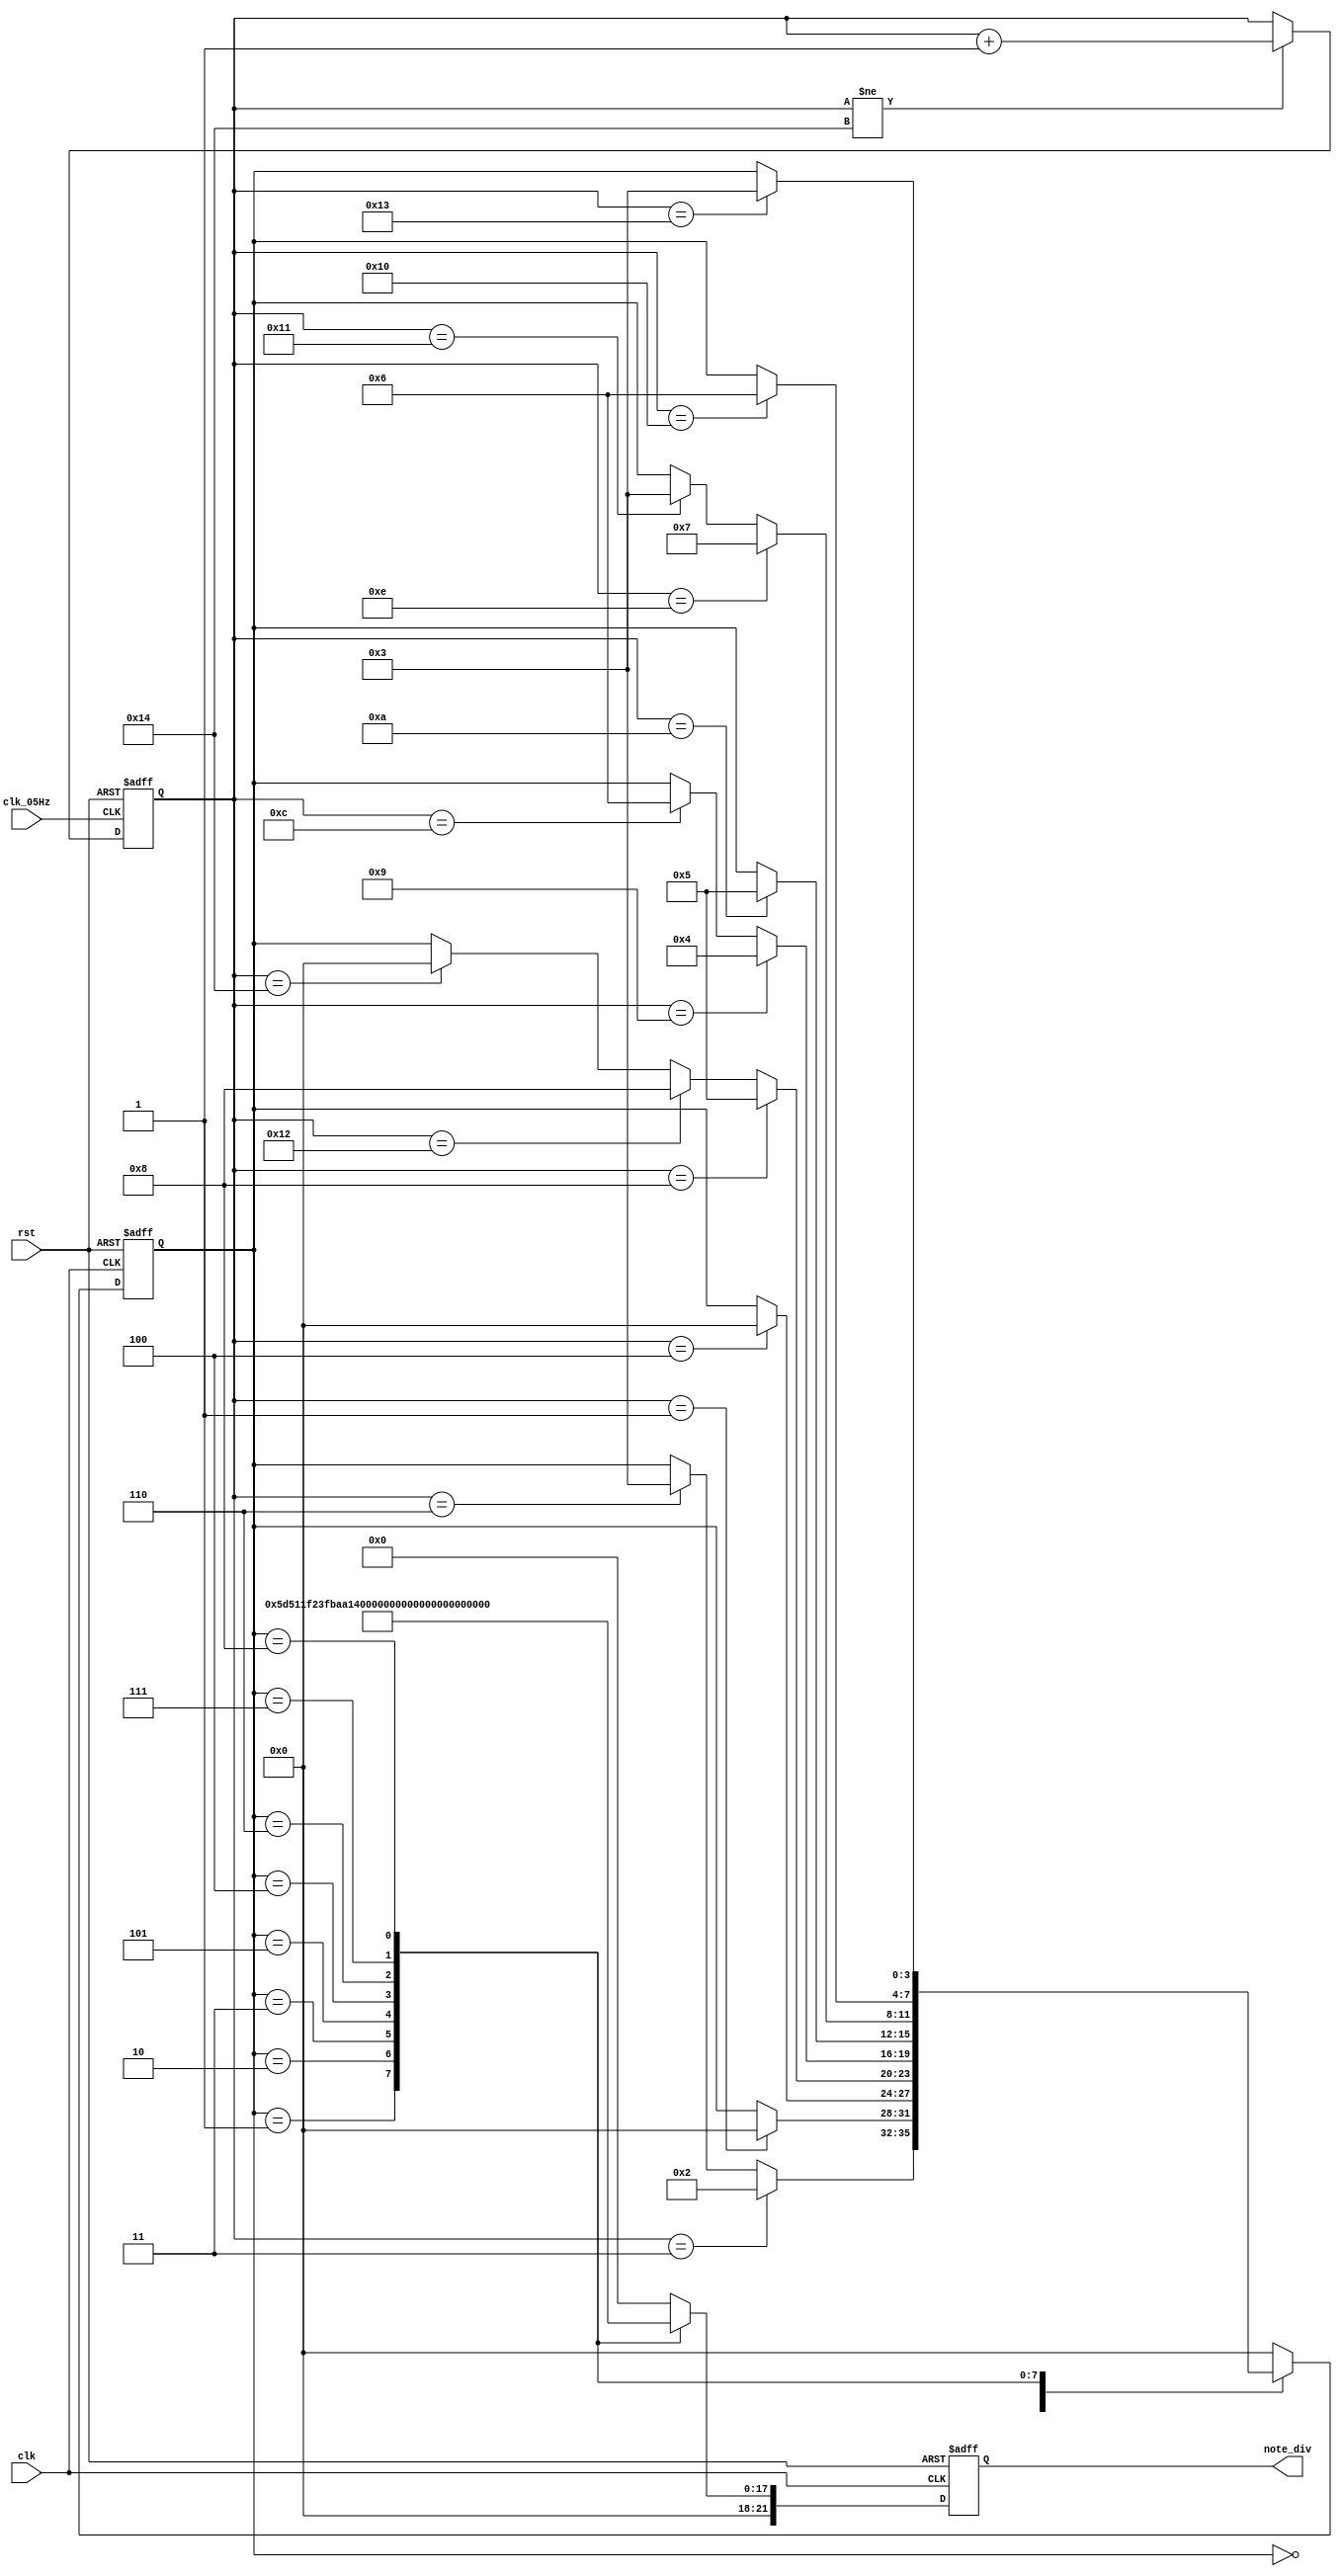
module gameover_music(clk, clk_05Hz, rst, note_div);
    input clk;
    input clk_05Hz;
    input rst;
    output reg [21:0]note_div;    
parameter None = 4'b0000;
parameter E5 = 4'b0001;
parameter G4 = 4'b0010;
parameter E4 = 4'b0011;
parameter B4 = 4'b0100;
parameter A4 = 4'b0101;
parameter A4b = 4'b0110;
parameter B4b = 4'b0111;
parameter D4 = 4'b1000;
wire [21:0] note_None = 22'd0;
wire [21:0] note_E5 = 22'd95556;//50000000/523.25
wire [21:0] note_G4 = 22'd127551;//50000000/392
wire [21:0] note_E4 = 22'd191109;//50000000/261.63
wire [21:0] note_A4 = 22'd113636;//50000000/440
wire [21:0] note_B4 = 22'd101239;//50000000/493.88
wire [21:0] note_A4b = 22'd120394;//50000000/415.3
wire [21:0] note_B4b = 22'd107259;//50000000/466.16
wire [21:0] note_D4 = 22'd170264;//50000000/293.66
reg [4:0]count;
reg [4:0]count_temp;
reg [3:0]state_temp;
reg [3:0]state;
reg [21:0]note_div_temp;

always @*
    if(count != 20) count_temp = count + 1;
    else count_temp = count;
always@*    
    case(state)
        None:
        begin
            note_div_temp = note_None;
            if (count == 3) state_temp = G4;
            else if (count == 6) state_temp = E4;
            else state_temp = state; 
        end
        E5:
        begin
            note_div_temp = note_E5;
            if (count == 1) state_temp = None;
            else state_temp = state;
        end
        G4:
        begin
            note_div_temp = note_G4;
            if (count == 4) state_temp = None;
            else state_temp = state;
        end
        E4:
        begin
            note_div_temp = note_E4;
            if (count == 8) state_temp = A4;
            else if (count == 18) state_temp = D4;
            else if (count == 20) state_temp = None;
            else state_temp = state;
        end
        A4:
        begin
            note_div_temp = note_A4;
            if (count == 9) state_temp = B4;
            else if (count == 12) state_temp = A4b;
            else state_temp = state;
        end
        B4:
        begin
            note_div_temp = note_B4;
            if (count == 10) state_temp = A4;
            else state_temp = state;
        end
        A4b:
        begin
            note_div_temp = note_A4b;
            if (count == 14) state_temp = B4b;
            else if(count == 17) state_temp = E4;
            else state_temp = state;
        end
        B4b:
        begin
            note_div_temp = note_B4b;
            if (count == 16) state_temp = A4b;
            else state_temp = state;
        end
        D4:
        begin
            note_div_temp = note_D4;
            if (count == 19) state_temp = E4;
            else state_temp = state;
        end
        default:
        begin
           note_div_temp = 0;
           state_temp = None;  
        end
   endcase  
   always@(posedge clk or posedge rst)
     if (rst) begin
        state <= E5;
        note_div <= note_E5;
     end
     else begin
        state <= state_temp;
        note_div <= note_div_temp;
    end    
    always@(posedge clk_05Hz or posedge rst)
        if(rst) count <= 0;
        else count = count_temp;
                             
endmodule